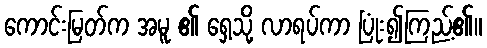
ကောင်းမြတ်က အမူ ၏ ရှေ့သို့ လာရပ်ကာ ပြုံး၍ကြည့်၏။